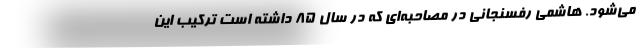
می‌شود. هاشمی رفسنجانی در مصاحبه‌ای که در سال ۸۵ داشته است ترکیب این